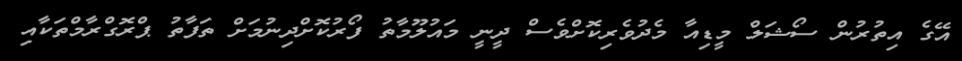
އޭގެ އިތުރުން ސޯޝަލް މީޑިއާ މެދުވެރިކޮށްވެސް ދީނީ މައުލޫމާތު ފޯރުކޮށްދިނުމަށް ތަފާތު ޕްރޮގްރާމްތަކާއި